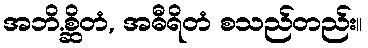
အဘိ.စ္ဆိတံ, အဓီရိတံ စသည်တည်း။